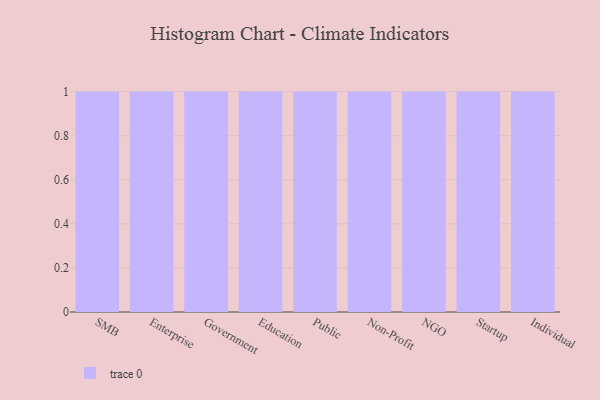
{"axis": {"x": "Segment", "y": "Backlog"}, "legend": [""], "data": [{"x": "SMB", "y": 42, "type": ""}, {"x": "Enterprise", "y": 31, "type": ""}, {"x": "Government", "y": 100, "type": ""}, {"x": "Education", "y": 54, "type": ""}, {"x": "Public", "y": 67, "type": ""}, {"x": "Non-Profit", "y": 61, "type": ""}, {"x": "NGO", "y": 30, "type": ""}, {"x": "Startup", "y": 47, "type": ""}, {"x": "Individual", "y": 43, "type": ""}]}